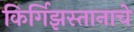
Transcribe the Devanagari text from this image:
किर्गिझस्तानाचे